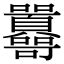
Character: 𡆔